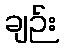
ချဉ်း